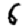
Digit: 6